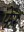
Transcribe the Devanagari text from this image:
फेरु